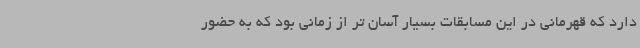
دارد که قهرمانی در این مسابقات بسیار آسان تر از زمانی بود که به حضور